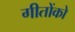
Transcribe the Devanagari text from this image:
गीतोंको